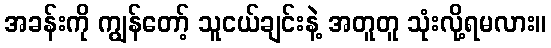
အခန်းကို ကျွန်တော့် သူငယ်ချင်းနဲ့ အတူတူ သုံးလို့ရမလား။